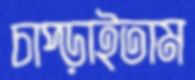
চাপ্‌ড়াইতাম